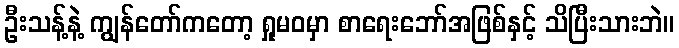
ဦးသန့်နဲ့ ကျွန်တော်ကတော့ ရှုမဝမှာ စာရေးဘော်အဖြစ်နှင့် သိပြီးသားဘဲ။